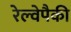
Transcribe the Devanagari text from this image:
रेल्वेपैकी